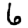
Digit: 6